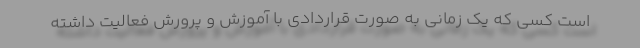
است کسی که یک زمانی به صورت قراردادی با آموزش و پرورش فعالیت داشته